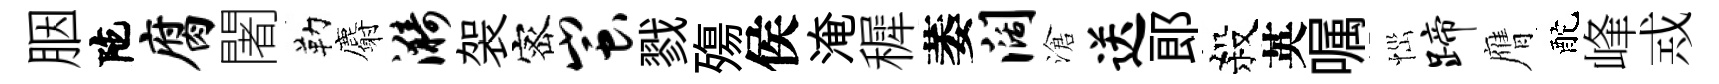
胭陀腐闍勒麝漪袈宻蚩戮殤侯淹穉萎阔滄送郎殺英嘱𢙉蹄膺酡峰𢦶